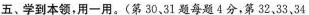
五、学到本领，用一用。(第30.31题每题4分，第32，33，34